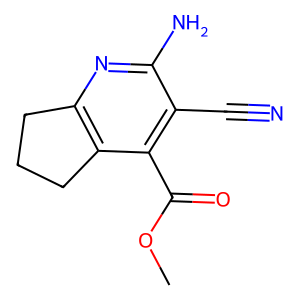
SMILES: COC(=O)c1c(C#N)c(N)nc2c1CCC2
Inhibits HIV replication: No